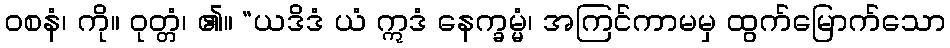
ဝစနံ၊ ကို။ ဝုတ္တံ၊ ၏။ “ယဒိဒံ ယံ ဣဒံ နေက္ခမ္မံ၊ အကြင်ကာမမှ ထွက်မြောက်သော